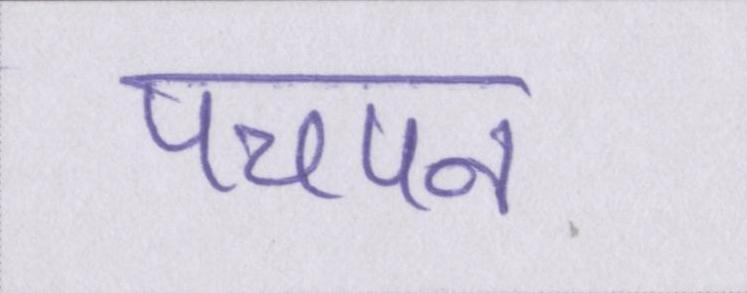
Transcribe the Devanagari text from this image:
पचपन